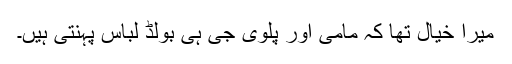
میرا خیال تھا کہ مامی اور پلوی جی ہی بولڈ لباس پہنتی ہیں۔